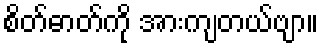
စိတ်ဓာတ်ကို အားကျတယ်ဗျာ။